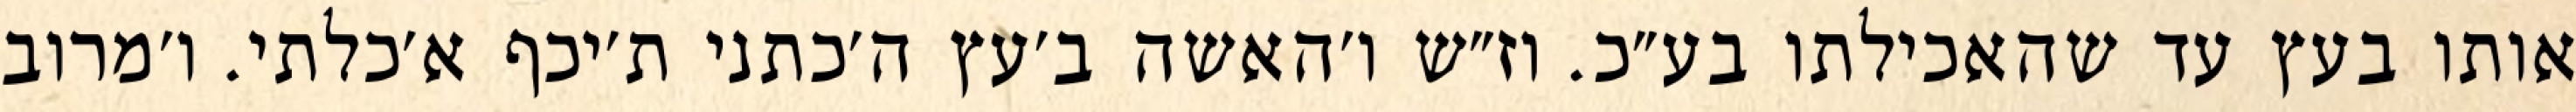
אותו בעץ עד שהאכילתו בע״כ. וז״ש ו׳האשה ב׳עץ ה׳כתני ת׳יכף א׳כלתי. ו׳מרוב